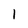
Character: 1